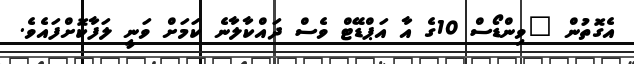
އެގޮތުން "ވިންޑޯސް 10ގެ އާ އަޕްޑޭޓް ވެސް ދައްކާލާނެ ކަމަށް ވަނީ ލަފާކޮށްފައެވެ.